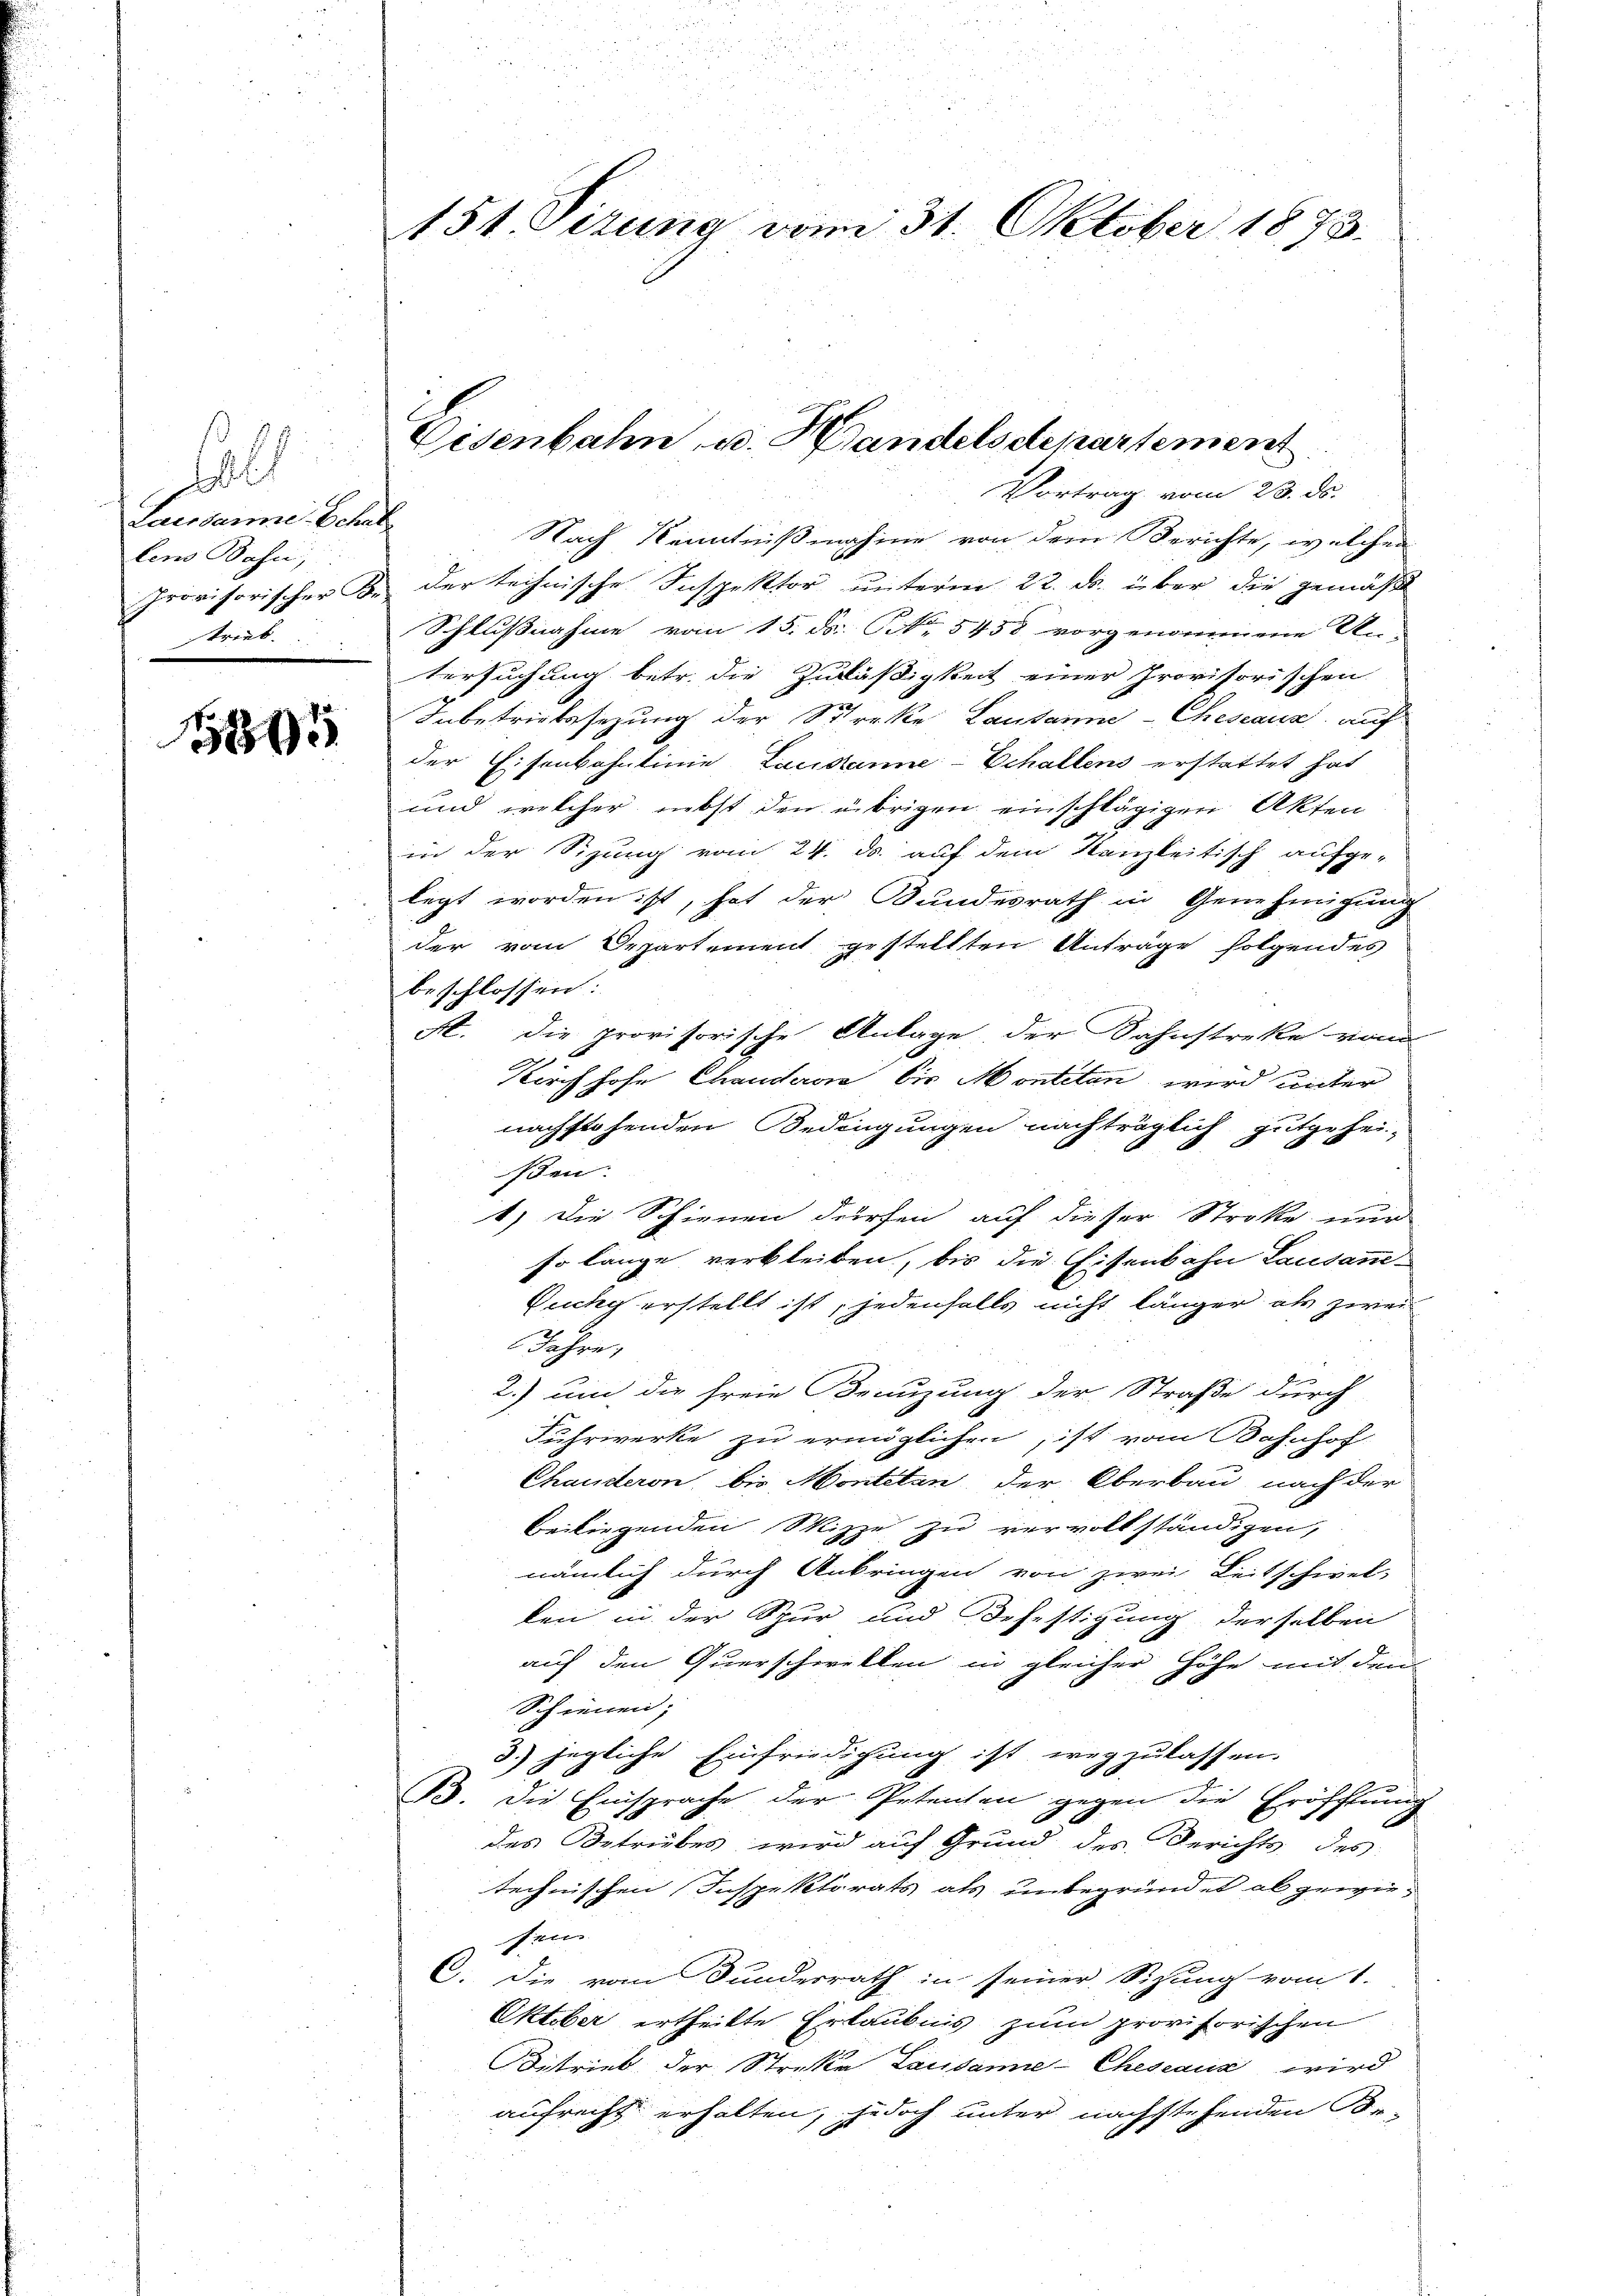
soll
Lausanne Schaf
lens Bahn,
strieb

1895

n
151. Sizung vom 31. Oktober 1873.

Eisenbahn, u. Handelsdepartement
Vortrag vom 23. ds.

Nach Kenntnißnahme von dem Berichte, welchen
Provisorischer K. der technische Inspektor unterm 22. ds. über die gemäß
Schlußnahme vom 15. Fr. No 5458 vorgenommene Un
tersuchung betr. die Zuläßigkeit einer Provisorischen
Inbetriebssezung der Streke Lausanne-Cheseaux auf
der Eisenbahnlinie Lausanne-Echallens erstattet hat
und welcher nebst den übrigen einschlägigen Akten
in der Sitzung vom 24. ds. auf dem Kanzleitisch aufge-
legt worden ist, hat der Bundesrath in Genehmigung
der vom Departement gestellten Anträge folgendes
beschlossen:
A. Die provisorische Anlage der Sahnstreke vom
Kirchhofe Chandern bis Montetan wird unter
nachstehenden Bedingungen nachträglich gutgehei-
ßen.
1.) Die Schienen dürfen auf dieser Stroke nur
so lange verbleiben, bis die Eisenbahn Lausanne-
Zichy erstellt ist, jedenfalls nicht länger als zwei
Jahre,
2.) um die freie Benuzung der Straße durch
Fuhrwerke zu ermöglichen, ist vom Bahnhof
Chausteron, bis Montetan, der Oberbau nach der
beiliegenden Skizze zu vervollständigen,
nämlich durch Anbringen von zwei Leitschwel-
len in der Spur und Befestigung derselben
auf den Querschwellen in gleicher Höhe mit den
Schienen;
3.) jegliche Einfriedigung ist wegzulassen.
B. Die Einsprache der Petenten gegen die Eröfftung
des Betrubes wird auf Grund des Gerichts des
technischen Inspektorats als unbegründet abgewie¬
Feier
C. Die vom Bunderrath in seiner Sitzung vom 1.
Oktober ertheilte Erlaubnis zum provisorischen
Betrieb der Streke Lausanne-Cheseaux wird
aufrecht erhalten, jedoch unter nachstehenden Be-